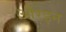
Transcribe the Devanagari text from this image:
औरइन